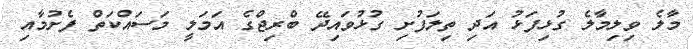
މާލެ ވިލިމާލެ ގުޅިފަޅު އަދި ތިލަފުށި ގުޅުވައިދޭ ބްރިޖްގެ އަމަލީ މަސައްކަތް ފެށުމާއި